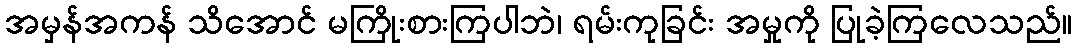
အမှန်အကန် သိအောင် မကြိုးစားကြပါဘဲ၊ ရမ်းကုခြင်း အမှုကို ပြုခဲ့ကြလေသည်။